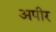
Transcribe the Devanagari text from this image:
अपीर